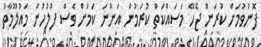
ފޮނުވުމަށް ކުރަން ޖެހޭ މަސައްކަތް ކުރަމުން އަންނަ ކަމަށް ވެސް ފުލުހުން މައުލޫމާތު